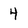
Character: 4